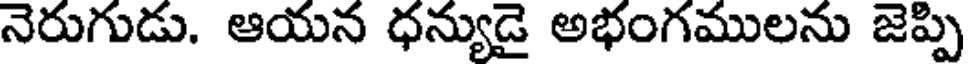
నెరుగుడు. ఆయన ధన్యుడై అభంగములను జెప్పి